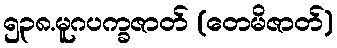
၅၃၈.မူဂပက္ခဇာတ် (တေမိဇာတ်)